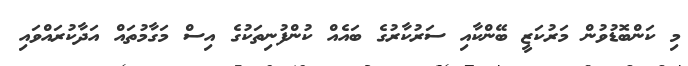
މި ކަންބޮޑުވުން މަރުކަޒީ ބޭންކާއި ސަރުކާރުގެ ބައެއް ކުންފުނިތަކުގެ އިސް މަގާމުތައް އަދާކުރައްވައި